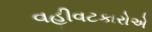
વહીવટકારોએ